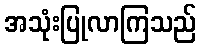
အသုံးပြုလာကြသည်